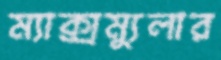
ম্যাক্সম্যুলার